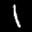
Label: 1